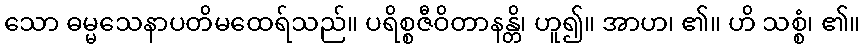
သော ဓမ္မသေနာပတိမထေရ်သည်။ ပရိစ္စဇီဝိတာနန္တိ၊ ဟူ၍။ အာဟ၊ ၏။ ဟိ သစ္စံ၊ ၏။